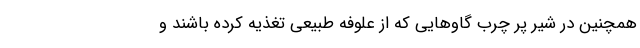
همچنین در شیر پر چرب گاوهایی که از علوفه طبیعی تغذیه کرده باشند و